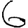
Digit: 6